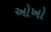
ઓખો